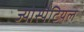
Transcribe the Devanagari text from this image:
ज्योस्पैटियल